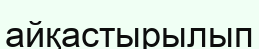
айқастырылып